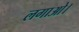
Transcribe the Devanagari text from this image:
लगाओ।